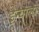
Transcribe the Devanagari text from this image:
इन्याला